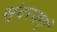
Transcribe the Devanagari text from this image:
सुंदरताएं